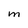
Character: M